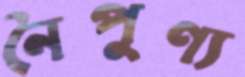
নৈপুণ্য